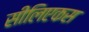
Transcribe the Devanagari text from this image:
सीलिएकस